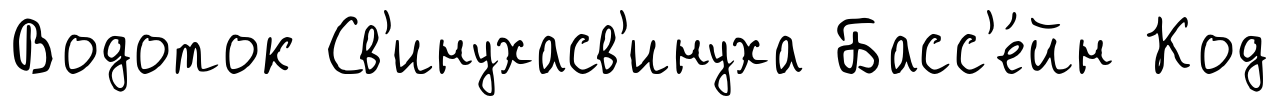
Водоток Св'инухасв'инуха Басс'е́йн Код